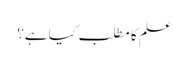
علم کا مطلب کیا ہے؟